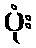
ပုံး